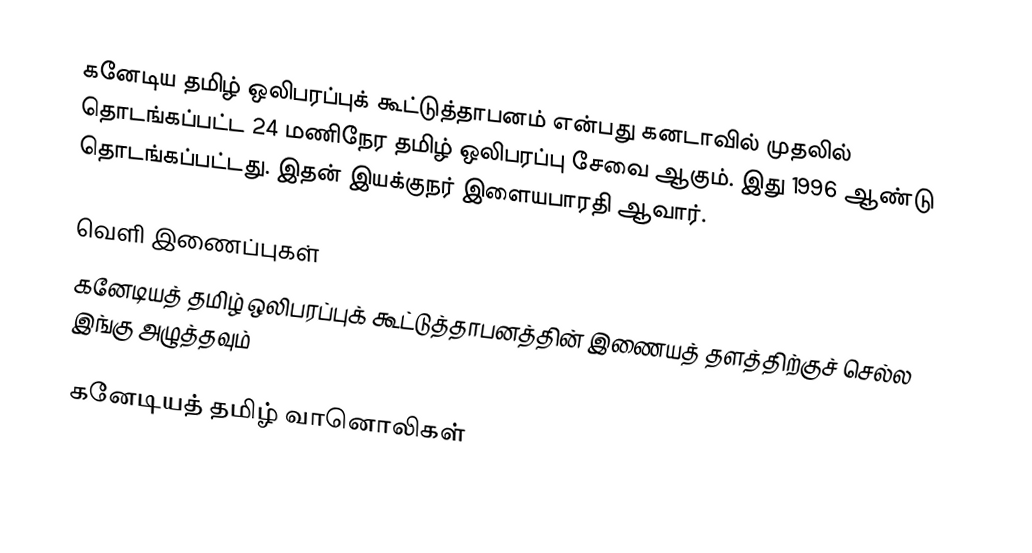
கனேடிய தமிழ் ஒலிபரப்புக் கூட்டுத்தாபனம் என்பது கனடாவில் முதலில் தொடங்கப்பட்ட 24 மணிநேர தமிழ் ஒலிபரப்பு சேவை ஆகும்.  இது 1996 ஆண்டு தொடங்கப்பட்டது.  இதன் இயக்குநர் இளையபாரதி ஆவார்.

வெளி இணைப்புகள்
கனேடியத் தமிழ் ஒலிபரப்புக் கூட்டுத்தாபனத்தின் இணையத் தளத்திற்குச் செல்ல இங்கு அழுத்தவும்

கனேடியத் தமிழ் வானொலிகள்